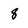
Character: 8